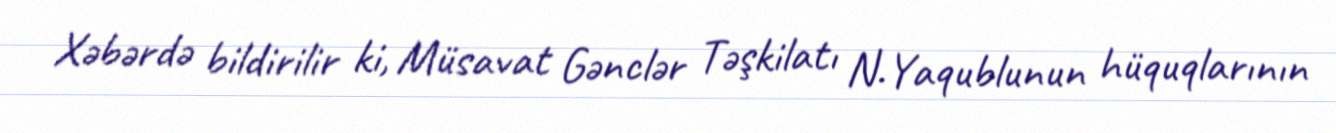
Xəbərdə bildirilir ki, Müsavat Gənclər Təşkilatı N.Yaqublunun hüquqlarının